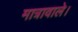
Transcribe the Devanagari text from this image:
मात्रावाले।